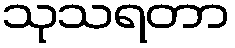
သုသရတာ